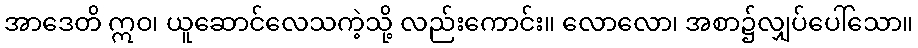
အာဒေတိ ဣဝ၊ ယူဆောင်လေသကဲ့သို့ လည်းကောင်း။ လောလော၊ အစာ၌လျှပ်ပေါ်သော။